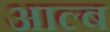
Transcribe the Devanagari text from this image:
आल्ब